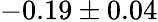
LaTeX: -0.19\pm 0.04